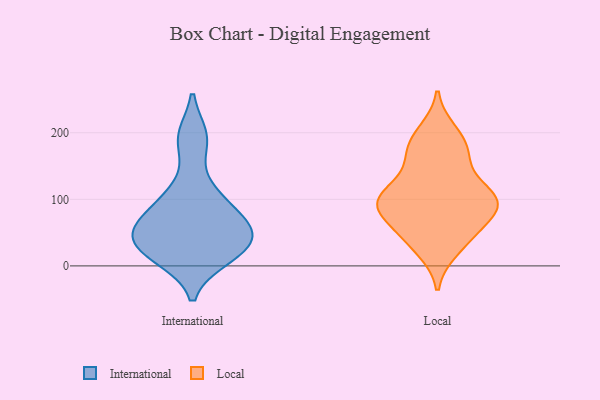
{"axis": {"x": "Waste Production (Tons)", "y": "Value"}, "legend": ["International", "Local"], "data": [{"x": "", "y": 190, "type": "International"}, {"x": "", "y": 105, "type": "International"}, {"x": "", "y": 35, "type": "International"}, {"x": "", "y": 13, "type": "International"}, {"x": "", "y": 62, "type": "International"}, {"x": "", "y": 110, "type": "International"}, {"x": "", "y": 60, "type": "International"}, {"x": "", "y": 193, "type": "International"}, {"x": "", "y": 19, "type": "International"}, {"x": "", "y": 61, "type": "International"}, {"x": "", "y": 42, "type": "International"}, {"x": "", "y": 17, "type": "International"}, {"x": "", "y": 78, "type": "International"}, {"x": "", "y": 38, "type": "International"}, {"x": "", "y": 189, "type": "Local"}, {"x": "", "y": 86, "type": "Local"}, {"x": "", "y": 101, "type": "Local"}, {"x": "", "y": 53, "type": "Local"}, {"x": "", "y": 161, "type": "Local"}, {"x": "", "y": 200, "type": "Local"}, {"x": "", "y": 26, "type": "Local"}, {"x": "", "y": 107, "type": "Local"}, {"x": "", "y": 90, "type": "Local"}, {"x": "", "y": 118, "type": "Local"}, {"x": "", "y": 101, "type": "Local"}, {"x": "", "y": 46, "type": "Local"}, {"x": "", "y": 89, "type": "Local"}, {"x": "", "y": 178, "type": "Local"}, {"x": "", "y": 91, "type": "Local"}, {"x": "", "y": 161, "type": "Local"}, {"x": "", "y": 37, "type": "Local"}, {"x": "", "y": 93, "type": "Local"}]}